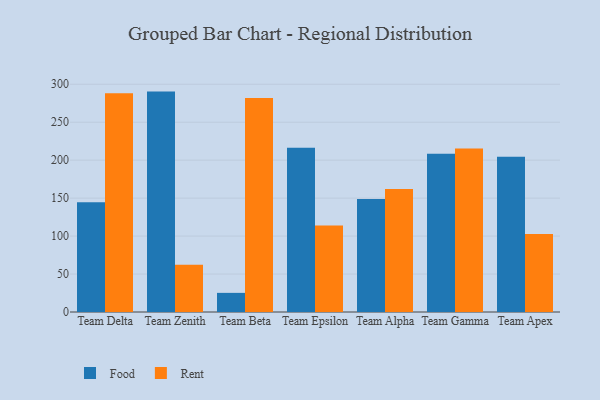
{"axis": {"x": "Team", "y": "Demand Index"}, "legend": ["Food", "Rent"], "data": [{"x": "Team Delta", "y": 144.5, "type": "Food"}, {"x": "Team Delta", "y": 288.1, "type": "Rent"}, {"x": "Team Zenith", "y": 290.3, "type": "Food"}, {"x": "Team Zenith", "y": 62.2, "type": "Rent"}, {"x": "Team Beta", "y": 25.2, "type": "Food"}, {"x": "Team Beta", "y": 282.0, "type": "Rent"}, {"x": "Team Epsilon", "y": 216.4, "type": "Food"}, {"x": "Team Epsilon", "y": 113.9, "type": "Rent"}, {"x": "Team Alpha", "y": 148.9, "type": "Food"}, {"x": "Team Alpha", "y": 162.1, "type": "Rent"}, {"x": "Team Gamma", "y": 208.3, "type": "Food"}, {"x": "Team Gamma", "y": 215.3, "type": "Rent"}, {"x": "Team Apex", "y": 204.6, "type": "Food"}, {"x": "Team Apex", "y": 102.6, "type": "Rent"}]}